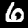
Label: 6